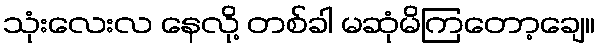
သုံးလေးလ နေလို့ တစ်ခါ မဆုံမိကြတော့ချေ။